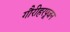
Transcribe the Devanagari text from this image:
गौरीहरपूजन